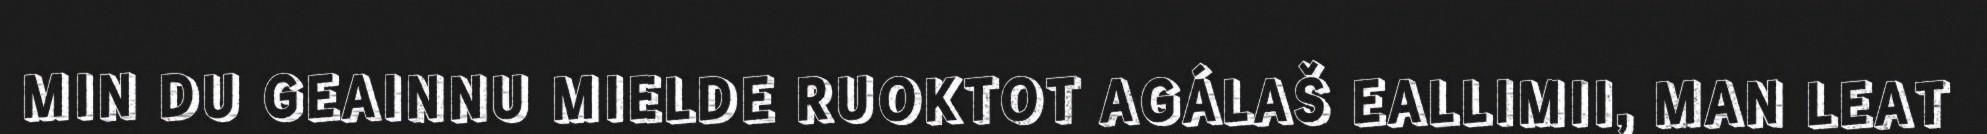
MIN DU GEAINNU MIELDE RUOKTOT AGÁLAŠ EALLIMII, MAN LEAT